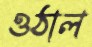
ওঠাল